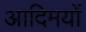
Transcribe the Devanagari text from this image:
आदिमयों